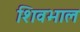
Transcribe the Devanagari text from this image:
शिवभाल